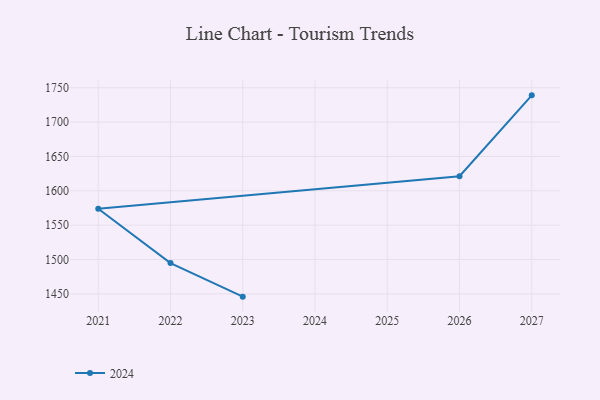
{"axis": {"x": "Year", "y": "Net Income (USD K)"}, "legend": ["2024"], "data": [{"x": "2023", "y": 1446.0, "type": "2024"}, {"x": "2022", "y": 1494.9, "type": "2024"}, {"x": "2021", "y": 1573.9, "type": "2024"}, {"x": "2026", "y": 1621.2, "type": "2024"}, {"x": "2027", "y": 1738.9, "type": "2024"}]}